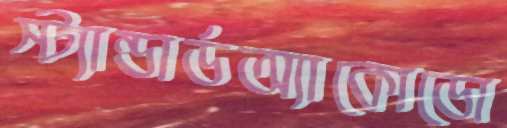
স্ট্যান্ডার্ডঅ্যাকোডো